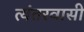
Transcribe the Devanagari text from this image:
त्यंतरवासी